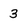
Character: 3